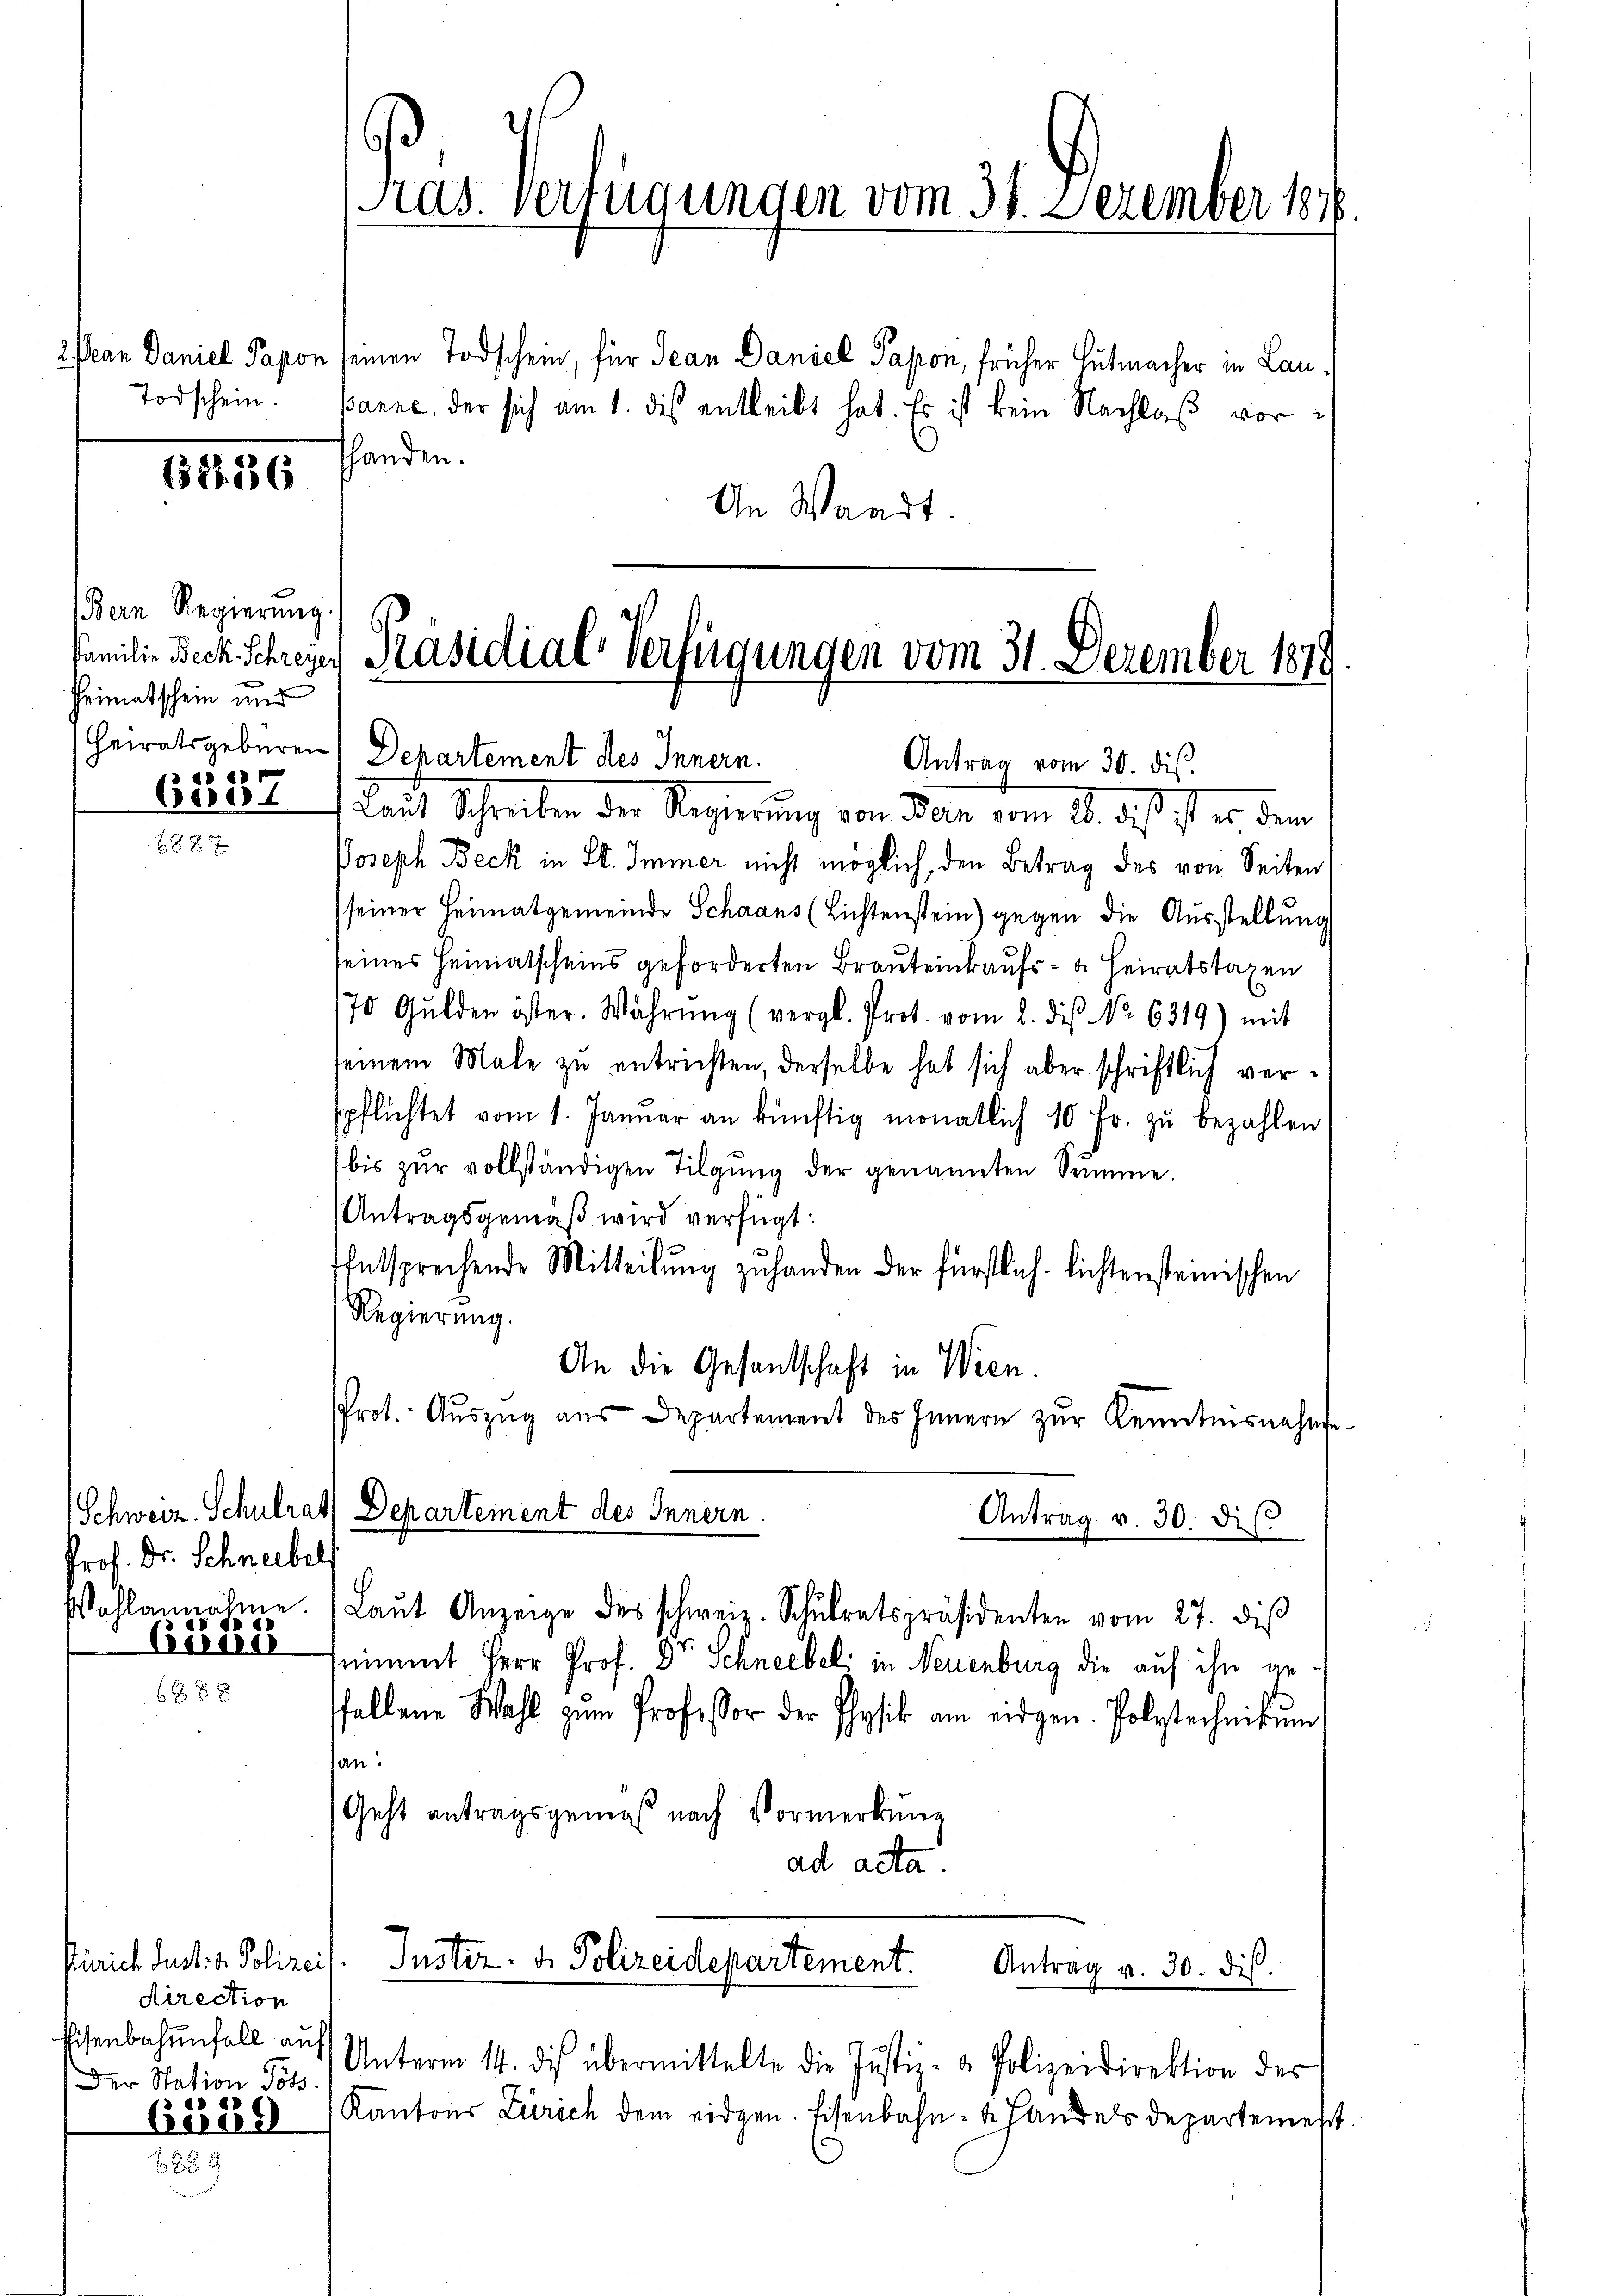
Todschein.

612136

Bern Regierung.
Heimatschein und
a. e

Beset

Prof. Dr. Schneebels

direction
Eisenbahnnfall auf
Der Station Johs.
d is
Euod

e
Pras. Verfügungen vom 31. Dezember 1876.

Familie Beck Schreie Präsidial-Verfügungen vom 31. Dezember 1879
heiratsgeberen Departement des Innern.
Antrag vom 30. dis.

2 Jean Daniel Papon seinen Todschein, für Jean Daniel Papon, früher Hutmacher in Lau¬
Banne, der sich am 1. des entleibt hat. Es ist kein Nachlaß vorfhanden.
An Waadt.

Rait Schreiben der Regierung von Bar vom 18. des ist er den
Joseph Beck in St. Immer nicht möglich, den Betrag des von Seiten,
seiner Heimatgemeinde Schaans (Lichtenstein) gegen die Ausstellung
seines Heimatscheins geforderten Brauteinkaufs- u. Heiratstaxen
70 Gulden öster. Währŭng (vergl. Prot. vom 2. dis No 6319) mit
seinem Male zu entrichten, derselbe hat sich aber schriftlich verspflichtet vom 1. Janŭar an künftig monatlich 10 Fr. zŭ bezahlen,
bis zur vollständigen Tilgung der genannten Summe.
Antragsgemäß wird verfügt:
tentsprechende Mitteilung zu handen der fürstlich lichtensteinischen
Regierung.
An die Gesandschaft in Wien.
Prot. Aŭszŭg aŭs Departement des Innern zŭr Kenntnisnahme.
Schweiz. Schulrat Departement des Innern.
Antrag v. 30. di
Wahlannahme. (Laŭt Anzeige des schweiz. Schŭlratspräsidenten vom 27. diβ
6385886 snimmt Herr Prof. Dr. Schneebel in Neuenburg die auf ihn ge
ffallene Wahl zŭm Professor der Physik am eidgen. Polytechnikum
san.
Geht antragsgemäß nach Vormerkung
ad acta.
Zürich Justi - Polizeis. Instiz- & Polizeidepartement.
Antrag v. 30. diβ.

Unterm 14. des übermittelte die Justiz- & Polizeidirektion des
Kantons Zürich dem eidgen. Eisenbahn- u. Handels departemest